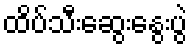
ထိပ်သီးဆွေးနွေးပွဲ